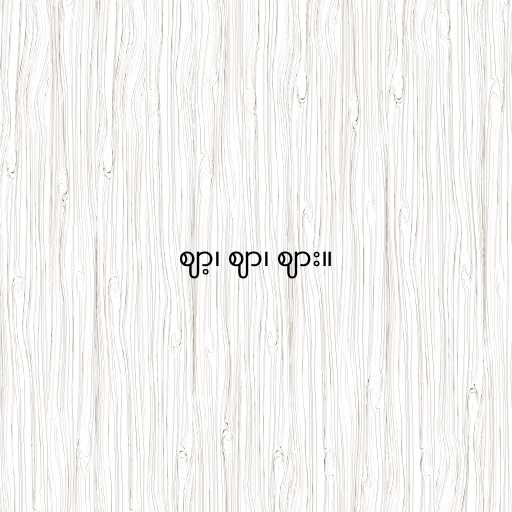
ဈာ့၊ ဈာ၊ ဈား။